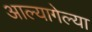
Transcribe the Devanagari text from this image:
आल्यागेल्या